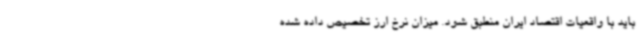
باید با واقعیات اقتصاد ایران منطبق شود. میزان نرخ ارز تخصیص داده شده